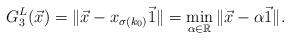
LaTeX: \begin{align*}G_3^L(\vec x)=\Vert \vec x -x_{\sigma(k_0)}\vec 1\Vert=\min\limits_{\alpha\in \mathbb{R}}\|\vec x-\alpha \vec 1\|.\end{align*}